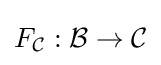
F_{\mathcal {C}}:{\mathcal {B}}\to {\mathcal {C}}